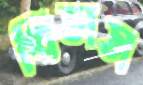
থিতাস